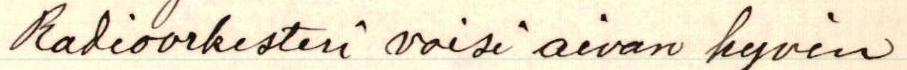
Radioorkesteri voisi aivan hyvin